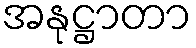
အနုဋ္ဌာတာ